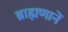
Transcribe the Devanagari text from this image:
ब्राह्मणानें